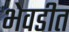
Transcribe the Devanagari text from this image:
भेवडीत